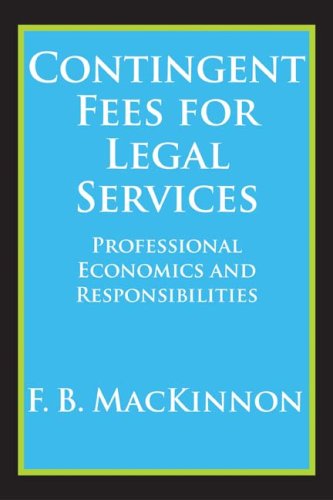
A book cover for Contingent Fees for Legal Services: Professional Economics and Responsibilities; F.B. MacKinnon; Law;